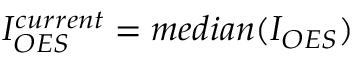
I _ { O E S } ^ { c u r r e n t } = m e d i a n ( I _ { O E S } )